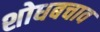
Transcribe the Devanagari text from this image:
शोधबचाव